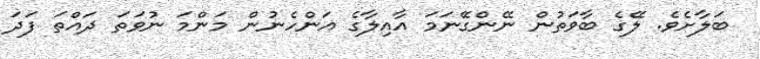
ބަލާށެވެ. ލޭގެ ބާވަތުން ނޭންގޭނަމަ އާއިލާގެ އަންހެނުން މަންމަ ނުވަތަ ދައްތަ ފަދަ